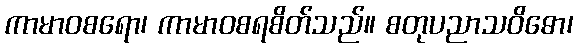
ကာမာဝစရော၊ ကာမာဝစရစိတ်သည်။ စတုပညာသဝိဓော၊